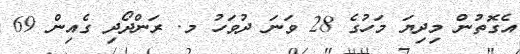
އެގޮތުން މިދިޔަ މަހުގެ 28 ވަނަ ދުވަހު މ. ރަންދޯދި ގެއިން 69